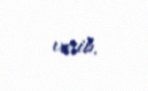
verib.